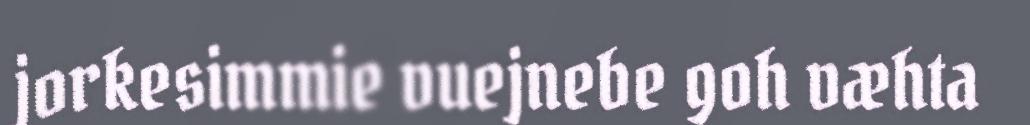
jorkesimmie vuejnebe goh væhta